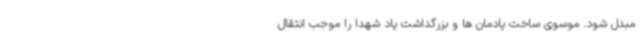
مبدل شود. موسوی ساخت یادمان ها و بزرگداشت یاد شهدا را موجب انتقال